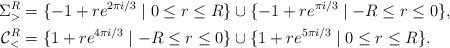
LaTeX: \begin{align*} \Sigma^R_> = {}& \{ -1 + re^{2\pi i/3} \mid 0 \leq r \leq R \} \cup \{ -1 + re^{\pi i/3} \mid -R \leq r \leq 0 \}, \\ \mathcal{C}^R_< = {}& \{ 1 + re^{4\pi i/3} \mid -R \leq r \leq 0 \} \cup \{ 1 + re^{5\pi i/3} \mid 0 \leq r \leq R \}. \end{align*}